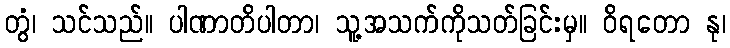
တွံ၊ သင်သည်။ ပါဏာတိပါတာ၊ သူ့အသက်ကိုသတ်ခြင်းမှ။ ဝိရတော နု၊